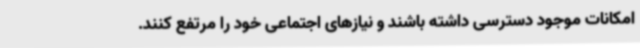
امکانات موجود دسترسی داشته باشند و نیازهای اجتماعی خود را مرتفع کنند.